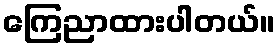
ကြေညာထားပါတယ်။